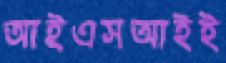
আইএসআইই